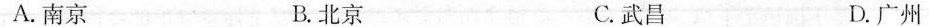
A.南京 B.北京 C.武昌 D.广州